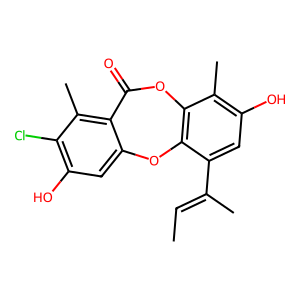
SMILES: CC=C(C)c1cc(O)c(C)c2c1Oc1cc(O)c(Cl)c(C)c1C(=O)O2
Inhibits HIV replication: No